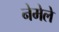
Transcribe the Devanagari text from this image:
नेमेले